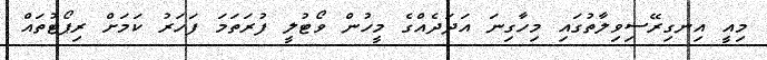
މިއީ އިނގިރޭސިވިލާތުގައި މިހާގިނަ އަދަދެއްގެ މީހުން ވޯޓުލީ ފުރަތަމަ ފަހަރު ކަމަށް ރިޕޯޓުތައް